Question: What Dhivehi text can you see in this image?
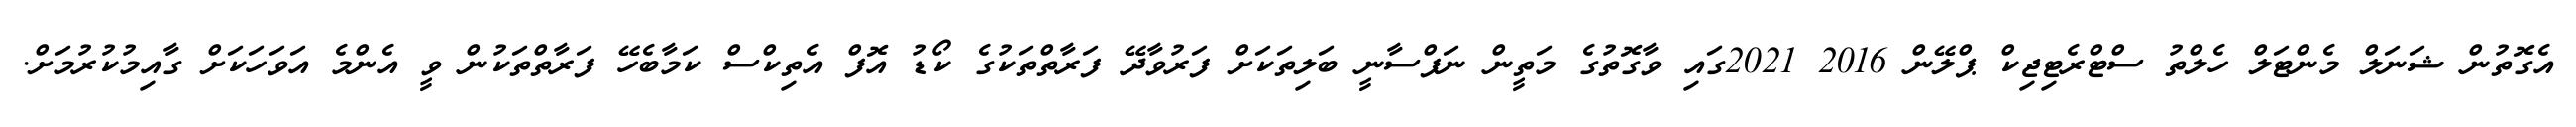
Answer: އެގޮތުން ޝަނަލް މެންޓަލް ހެލްތު ސްޓްރެޓިޖިކް ޕްލޭން 2016 2021ގައި ވާގޮތުގެ މަތީން ނަފްސާނީ ބަލިތަކަށް ފަރުވާދޭ ފަރާތްތަކުގެ ކޯޑު އޮފް އެތިކްސް ކަމާބެހޭ ފަރާތްތަކުން ވީ އެންމެ އަވަހަކަށް ގާއިމުކުރުމަށް.